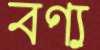
বণ্য